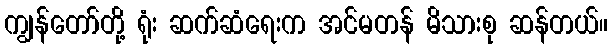
ကျွန်တော်တို့ ရုံး ဆက်ဆံရေးက အင်မတန် မိသားစု ဆန်တယ်။